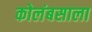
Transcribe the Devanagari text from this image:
कोलंबसाला